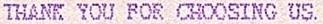
THANK YOU FOR CHOOSING US.